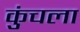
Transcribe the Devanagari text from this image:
कुंचला